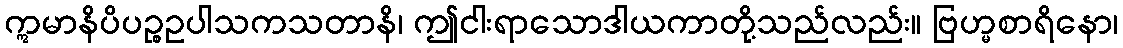
ဣမာနိပိပဉ္စဥပါသကသတာနိ၊ ဤငါးရာသောဒါယကာတို့သည်လည်း။ ဗြဟ္မစာရိနော၊